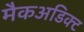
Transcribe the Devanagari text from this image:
मैकअडिक्ट